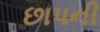
છાપની